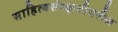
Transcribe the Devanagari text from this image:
साहित्यसंस्कृतीवरील